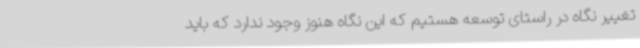
تغییر نگاه در راستای توسعه هستیم که این نگاه هنوز وجود ندارد که باید